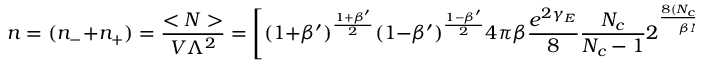
n = ( n _ { - } + n _ { + } ) = \frac { < N > } { V \Lambda ^ { 2 } } = \Bigg [ ( 1 + \beta ^ { \prime } ) ^ { \frac { 1 + \beta ^ { \prime } } { 2 } } ( 1 - \beta ^ { \prime } ) ^ { \frac { 1 - \beta ^ { \prime } } { 2 } } 4 \pi \beta \frac { e ^ { 2 \gamma _ { E } } } { 8 } \frac { N _ { c } } { N _ { c } - 1 } 2 ^ { \frac { 8 ( N _ { c } - 1 ) ^ { 2 } } { \beta N _ { c } ^ { 2 } } } \Bigg ] ^ { \frac { \beta N _ { c } ^ { 2 } } { 8 ( N _ { c } - 1 ) ^ { 2 } - \beta N _ { c } ^ { 2 } } } \; .